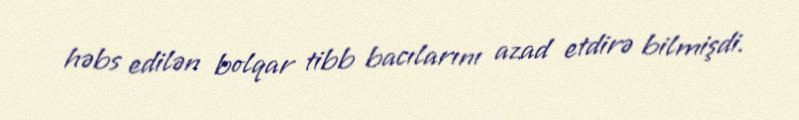
həbs edilən bolqar tibb bacılarını azad etdirə bilmişdi.